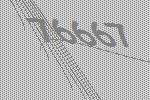
76667